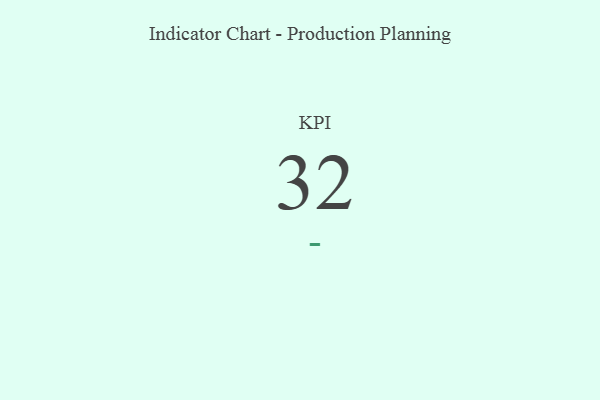
{"axis": {"x": "KPI", "y": "Value"}, "legend": [""], "data": [{"x": "KPI", "y": 32, "type": ""}]}